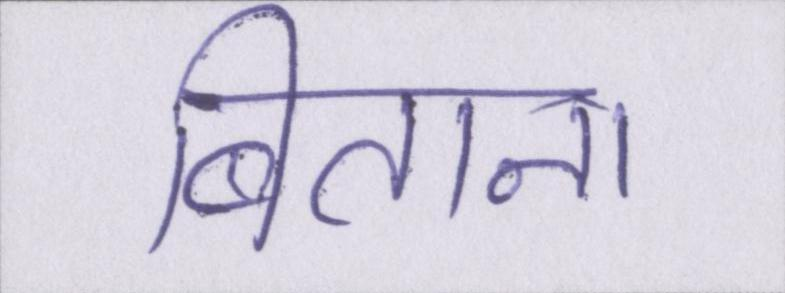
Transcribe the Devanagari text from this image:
बिताना